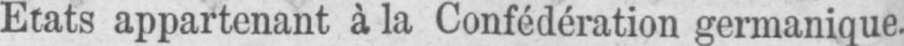
Etats appartenant à la Confédération germanique.